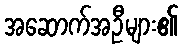
အဆောက်အဦများ၏